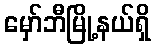
မှော်ဘီမြို့နယ်ရှိ